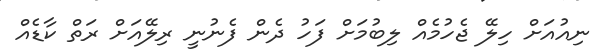
ނިއުއަށް ހިލޭ ޖެހުމެއް ލިބުމަށް ފަހު ދެން ފެނުނީ ރިލޭއަށް ރަތް ކާޑެއް